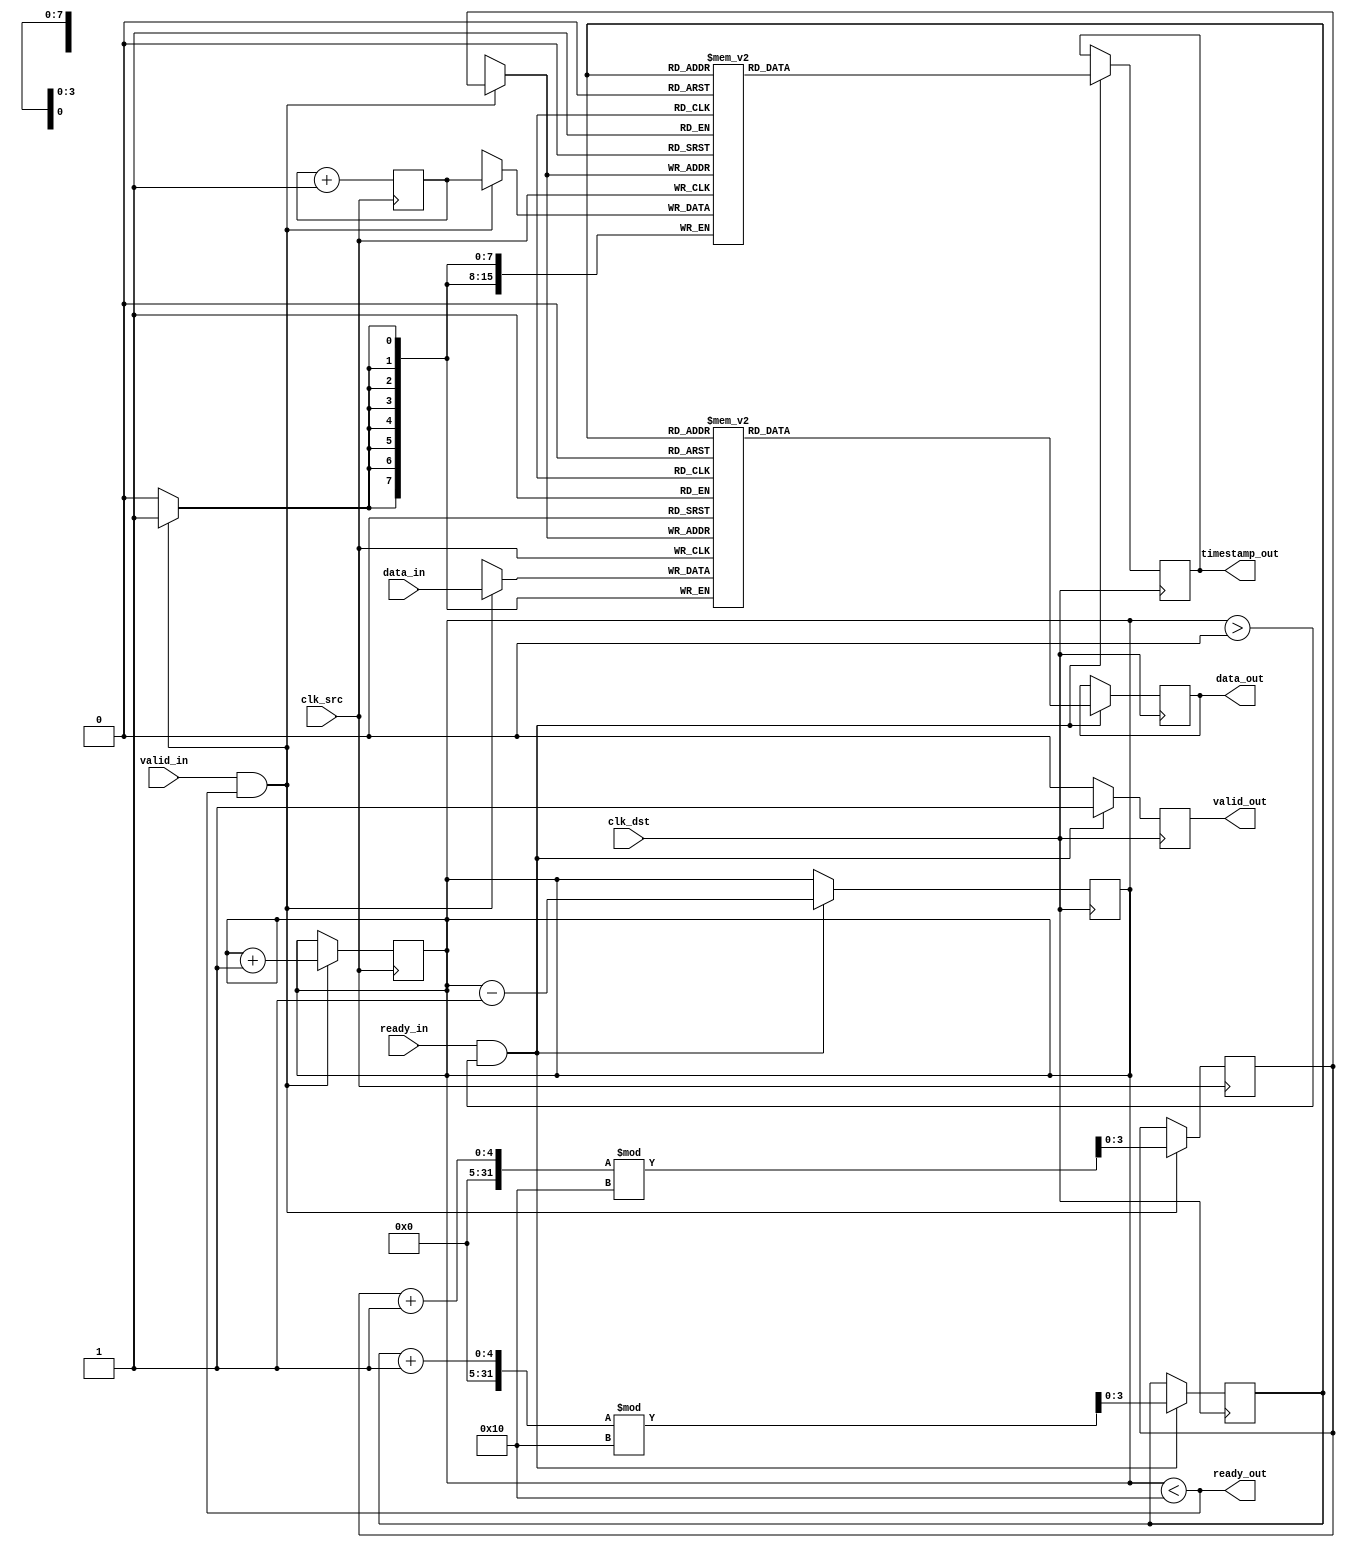
module TimeStampedSynchronizer #(
    parameter DATA_WIDTH = 8,
    parameter TIMESTAMP_WIDTH = 16,
    parameter FIFO_DEPTH = 16
) (
    // Source clock domain interface
    input wire clk_src,
    input wire [DATA_WIDTH-1:0] data_in,
    input wire valid_in,
    output wire ready_out,

    // Destination clock domain interface
    input wire clk_dst,
    output reg [DATA_WIDTH-1:0] data_out,
    output reg [TIMESTAMP_WIDTH-1:0] timestamp_out,
    output reg valid_out,
    input wire ready_in
);

    // Timestamp generator
    reg [TIMESTAMP_WIDTH-1:0] timestamp_counter;

    // Dual-Port Memory for storing data and timestamps
    reg [DATA_WIDTH-1:0] mem_data [0:FIFO_DEPTH-1];
    reg [TIMESTAMP_WIDTH-1:0] mem_timestamp [0:FIFO_DEPTH-1];
    reg [3:0] write_pointer;
    reg [3:0] read_pointer;
    reg [3:0] fifo_count;

    // State machine for handling FIFO operations
    always @(posedge clk_src) begin
        if (valid_in && ready_out) begin
            // Capture timestamp and write data to memory
            mem_data[write_pointer] <= data_in;
            mem_timestamp[write_pointer] <= timestamp_counter;
            write_pointer <= (write_pointer + 1) % FIFO_DEPTH;
            fifo_count <= fifo_count + 1;
        end
    end

    always @(posedge clk_src) begin
        // Increment timestamp counter on clock edge
        timestamp_counter <= timestamp_counter + 1;
    end
    
    // Output side
    always @(posedge clk_dst) begin
        if (ready_in && (fifo_count > 0)) begin
            // Read data from memory to outputs
            data_out <= mem_data[read_pointer];
            timestamp_out <= mem_timestamp[read_pointer];
            valid_out <= 1'b1; // Mark as valid data
            
            // Update read pointer and FIFO count
            read_pointer <= (read_pointer + 1) % FIFO_DEPTH;
            fifo_count <= fifo_count - 1;
        end else begin
            valid_out <= 1'b0; // Mark as invalid if no data
        end
    end

    // Ready signal
    assign ready_out = (fifo_count < FIFO_DEPTH);

endmodule